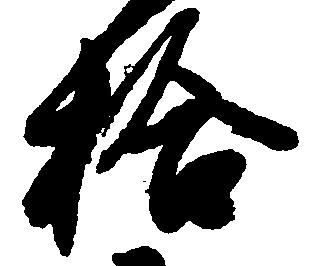
拾